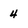
Character: 4